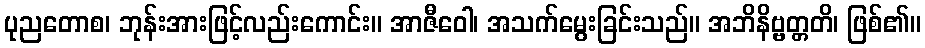
ပုညတောစ၊ ဘုန်းအားဖြင့်လည်းကောင်း။ အာဇီဝေါ၊ အသက်မွေးခြင်းသည်။ အဘိနိဗ္ဗတ္တတိ၊ ဖြစ်၏။